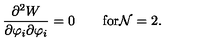
\frac { \partial ^ { 2 } { W } } { \partial \varphi _ { i } \partial \varphi _ { i } } = 0 \qquad \mathrm { f o r { \cal N } = 2 } .